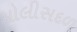
પોલીસદળ